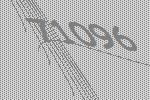
71096